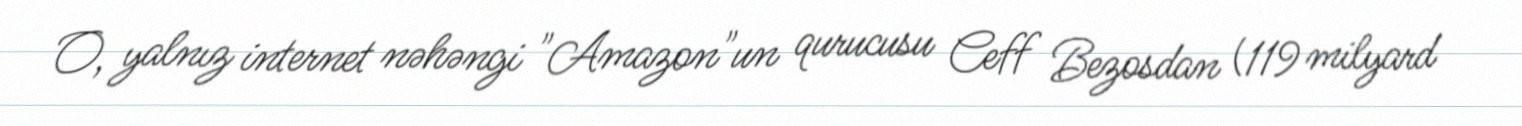
O, yalnız internet nəhəngi "Amazon"un qurucusu Ceff Bezosdan (119 milyard